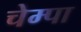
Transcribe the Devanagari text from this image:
चेम्पा